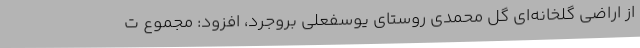
از اراضی گلخانه‌ای گل محمدی روستای یوسفعلی بروجرد، افزود: مجموع ت